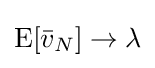
\operatorname {E} [{\bar {v}}_{N}]\to \lambda